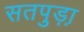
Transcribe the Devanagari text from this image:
सतपुड़ा़